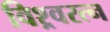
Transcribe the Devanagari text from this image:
विश्र्वरत्न